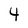
Character: 4